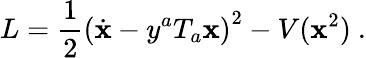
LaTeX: L=\frac{1}{2}\left(\dot{\mathbf x}-y^{a}T_{a}{\mathbf x}\right)^{2}-V({\mathbf x}^{2})\ .